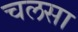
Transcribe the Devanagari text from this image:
चलसा